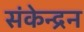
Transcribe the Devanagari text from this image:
संकेन्द्रन